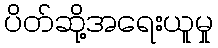
ပိတ်ဆို့အရေးယူမှု